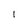
Character: I